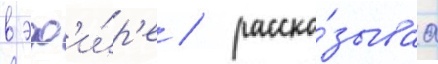
в эф'и́р'е / расска́зываа